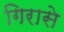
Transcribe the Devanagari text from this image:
गिरासे